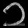
Digit: ၃